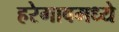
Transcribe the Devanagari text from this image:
हरेगावमध्ये